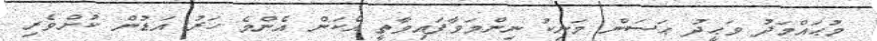
މުޙައްމަދު ވަޙީދު ޙަސަން މަނިކު ނިންމަވާފައިވާތީ އެކަން އެންމެ ހަރު އަޑުން ކުށްވެރި